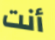
أنت